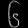
Digit: ၆